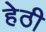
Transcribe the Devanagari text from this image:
हेठी